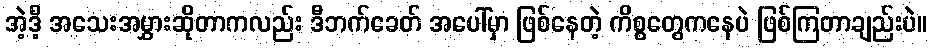
အဲ့ဒီ့ အသေးအမွှားဆိုတာကလည်း ဒီဘက်ခေတ် အပေါ်မှာ ဖြစ်နေတဲ့ ကိစ္စတွေကနေပဲ ဖြစ်ကြတာချည်းပဲ။